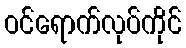
ဝင်ရောက်လုပ်ကိုင်